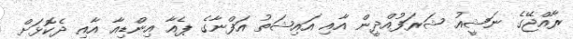
ރާއްޖޭގެ ނަޝީއު ޝަރަފުއްދީން އާއި އައިޝަތު އަފްނާގެ ޕެއާ އިންޑިއާ އާއި ދެކޮޅަށް